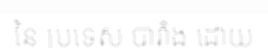
នៃ ប្រទេស បារាំង ដោយ